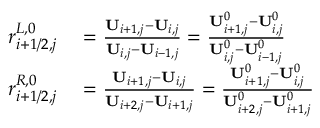
\begin{array} { r l } { r _ { i + 1 / 2 , j } ^ { L , 0 } } & { { } = \frac { \mathbf { U } _ { i + 1 , j } - \mathbf { U } _ { i , j } } { \mathbf { U } _ { i , j } - \mathbf { U } _ { i - 1 , j } } = \frac { \mathbf { U } _ { i + 1 , j } ^ { 0 } - \mathbf { U } _ { i , j } ^ { 0 } } { \mathbf { U } _ { i , j } ^ { 0 } - \mathbf { U } _ { i - 1 , j } ^ { 0 } } } \\ { r _ { i + 1 / 2 , j } ^ { R , 0 } } & { { } = \frac { \mathbf { U } _ { i + 1 , j } - \mathbf { U } _ { i , j } } { \mathbf { U } _ { i + 2 , j } - \mathbf { U } _ { i + 1 , j } } = \frac { \mathbf { U } _ { i + 1 , j } ^ { 0 } - \mathbf { U } _ { i , j } ^ { 0 } } { \mathbf { U } _ { i + 2 , j } ^ { 0 } - \mathbf { U } _ { i + 1 , j } ^ { 0 } } } \end{array}